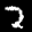
Label: 2